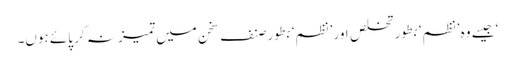
‘ جیسے وہ ’نظم‘ بطور تخلص اور ’نظم‘ بطور صنف سخن میں تمیز نہ کر پائے ہوں۔